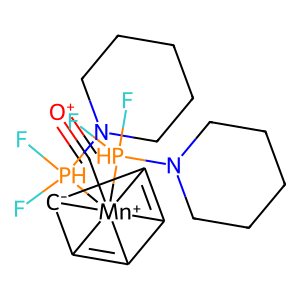
SMILES: [O+]#C[Mn+]1234([PH](F)(F)N5CCCCC5)([PH](F)(F)N5CCCCC5)C5=C1[C-]2C3=C54
Inhibits HIV replication: No